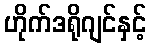
ဟိုက်ဒရိုဂျင်နှင့်